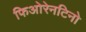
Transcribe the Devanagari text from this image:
फिओरेनटिनो